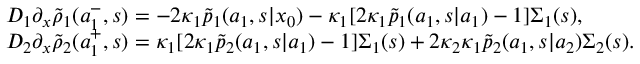
\begin{array} { r l } & { D _ { 1 } \partial _ { x } \widetilde { \rho } _ { 1 } ( a _ { 1 } ^ { - } , s ) = - 2 \kappa _ { 1 } \widetilde { p } _ { 1 } ( a _ { 1 } , s | x _ { 0 } ) - \kappa _ { 1 } [ 2 \kappa _ { 1 } \widetilde { p } _ { 1 } ( a _ { 1 } , s | a _ { 1 } ) - 1 ] \Sigma _ { 1 } ( s ) , } \\ & { D _ { 2 } \partial _ { x } \widetilde { \rho } _ { 2 } ( a _ { 1 } ^ { + } , s ) = \kappa _ { 1 } [ 2 \kappa _ { 1 } \widetilde { p } _ { 2 } ( a _ { 1 } , s | a _ { 1 } ) - 1 ] \Sigma _ { 1 } ( s ) + 2 \kappa _ { 2 } \kappa _ { 1 } \widetilde { p } _ { 2 } ( a _ { 1 } , s | a _ { 2 } ) \Sigma _ { 2 } ( s ) . } \end{array}